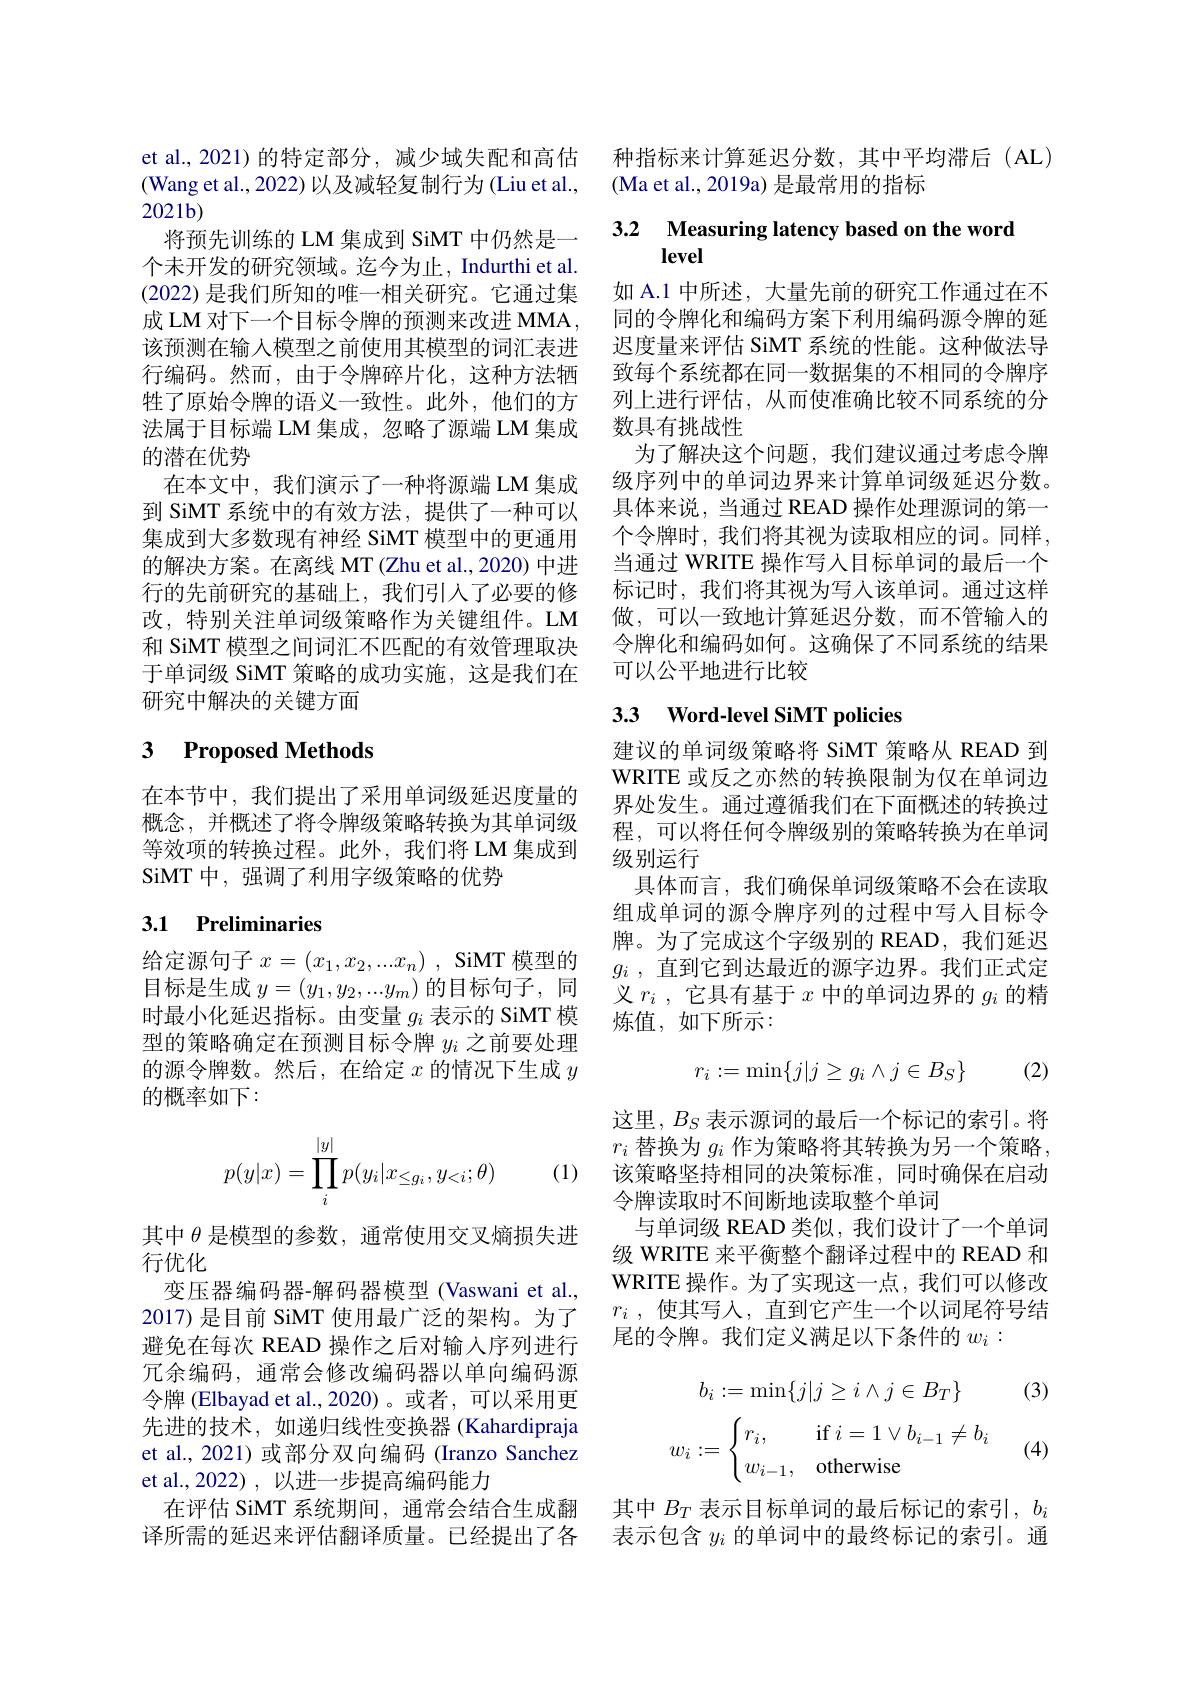
et al.,2021)的特定部分，减少域失配和高估(Wang et al., 2022) 以及减轻复制行为 (Liu et al., $2021b)$
将预先训练的 LM 集成到 SiMT 中仍然是一个未开发的研究领域。迄今为止，Indurthi et al. (2022) 是我们所知的唯一相关研究。它通过集成 LM 对下一个目标令牌的预测来改进 MMA , 该预测在输入模型之前使用其模型的词汇表进行编码。然而，由于令牌碎片化，这种方法牺牲了原始令牌的语义一致性。此外，他们的方法属于目标端 LM 集成，忽略了源端 LM 集成的潜在优势
在本文中，我们演示了一种将源端 LM 集成到 SiMT 系统中的有效方法 , 提供了一种可以集成到大多数现有神经 SiMT 模型中的更通用的解决方案。在离线 MT (Zhu et al., 2020) 中进行的先前研究的基础上，我们引入了必要的修改，特别关注单词级策略作为关键组件。LM 和 SiMT 模型之间词汇不匹配的有效管理取决于单词级 SiMT 策略的成功实施，这是我们在研究中解决的关键方面

# 3 Proposed Methods

在本节中，我们提出了采用单词级延迟度量的概念，并概述了将令牌级策略转换为其单词级等效项的转换过程。此外，我们将 LM 集成到SiMT 中，强调了利用字级策略的优势

## 3.1 Preliminaries

给定源句子$x=(x_1,x_2,...x_n)$ , SiMT 模型的目标是生成$y=(y_1,y_2,...y_m)$的目标句子，同时最小化延迟指标。由变量$g_i$表示的 SiMT 模型的策略确定在预测目标令牌$y_i$之前要处理的源令牌数。然后，在给定$x$的情况下生成$y$ 的概率如下：
$$p(y|x)=\prod\limits_i^{|y|}p(y_i|x_{\le g_i},y_{<i};\theta)$$
(1)

其中$\theta$是模型的参数，通常使用交叉熵损失进
行优化
变压器编码器-解码器模型(Vaswani et al., 2017) 是目前 SiMT 使用最广泛的架构。为了避免在每次 READ 操作之后对输入序列进行冗余编码，通常会修改编码器以单向编码源令牌 (Elbayad et al.,2020)。或者，可以采用更先进的技术，如递归线性变换器 (Kahardipraja et al., 2021) 或部分双向编码 (Iranzo Sanchez et al.,2022),以进一步提高编码能力
在评估 SiMT 系统期间，通常会结合生成翻 其中$B_T$表示目标单词的最后标记的索引，$b_i$ 译所需的延迟来评估翻译质量。已经提出了各 表示包含$y_i$的单词中的最终标记的索引。通

种指标来计算延迟分数，其中平均滞后(AL)
$$($Ma et al., 2019a) 是最常用的指标$

## 3.2 Measuring latency based on the word level

如 A.1 中所述，大量先前的研究工作通过在不同的令牌化和编码方案下利用编码源令牌的延迟度量来评估 SiMT 系统的性能。这种做法导致每个系统都在同一数据集的不相同的令牌序列上进行评估，从而使准确比较不同系统的分数具有挑战性
为了解决这个问题，我们建议通过考虑令牌级序列中的单词边界来计算单词级延迟分数。具体来说，当通过 READ 操作处理源词的第一个令牌时，我们将其视为读取相应的词。同样， 当通过 WRITE 操作写人目标单词的最后一个标记时，我们将其视为写人该单词。通过这样做，可以一致地计算延迟分数，而不管输入的令牌化和编码如何。这确保了不同系统的结果可以公平地进行比较

## 33 Word-level SiMT policies

建议的单词级策略将 SiMT 策略从 READ 到WRITE 或反之亦然的转换限制为仅在单词边界处发生。通过遵循我们在下面概述的转换过程，可以将任何令牌级别的策略转换为在单词级别运行
具体而言，我们确保单词级策略不会在读取组成单词的源令牌序列的过程中写人目标令牌。为了完成这个字级别的 READ,我们延迟$g_i$ , 直到它到达最近的源字边界。我们正式定义$r_i$ ,它具有基于$x$中的单词边界的$g_i$的精炼值，如下所示：
$$r_i:=\min\{j|j\geq g_i\wedge j\in B_S\}$$
(2)

这里，$B_S$表示源词的最后一个标记的索引。将$r_i$替换为$g_i$作为策略将其转换为另一个策略， 该策略坚持相同的决策标准，同时确保在启动令牌读取时不间断地读取整个单词
与单词级 READ 类似，我们设计了一个单词级 WRITE 来平衡整个翻译过程中的 READ 和WRITE 操作。为了实现这一点，我们可以修改$r_i$ ,使其写入，直到它产生一个以词尾符号结尾的令牌。我们定义满足以下条件的$w_i:$

(3)
$$b_i:=\min\{j|j\ge i\wedge j\in B_T\}$$
$$w_i:=\begin{cases}r_i,&\text{if}\:i=1\vee b_{i-1}\neq b_i\\w_{i-1},&\text{otherwise}\end{cases}$$
(4)